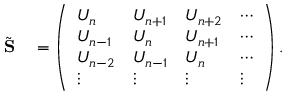
\begin{array} { r l } { \tilde { \bf S } } & { { } = \left( \begin{array} { l l l l } { U _ { n } } & { U _ { n + 1 } } & { U _ { n + 2 } } & { \cdots } \\ { U _ { n - 1 } } & { U _ { n } } & { U _ { n + 1 } } & { \cdots } \\ { U _ { n - 2 } } & { U _ { n - 1 } } & { U _ { n } } & { \cdots } \\ { \vdots } & { \vdots } & { \vdots } & { \vdots } \end{array} \right) . } \end{array}